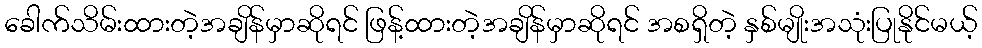
ခေါက်သိမ်းထားတဲ့အချိန်မှာဆိုရင် ဖြန့်ထားတဲ့အချိန်မှာဆိုရင် အစရှိတဲ့ နှစ်မျိုးအသုံးပြုနိုင်မယ့်